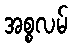
အစ္စလမ်